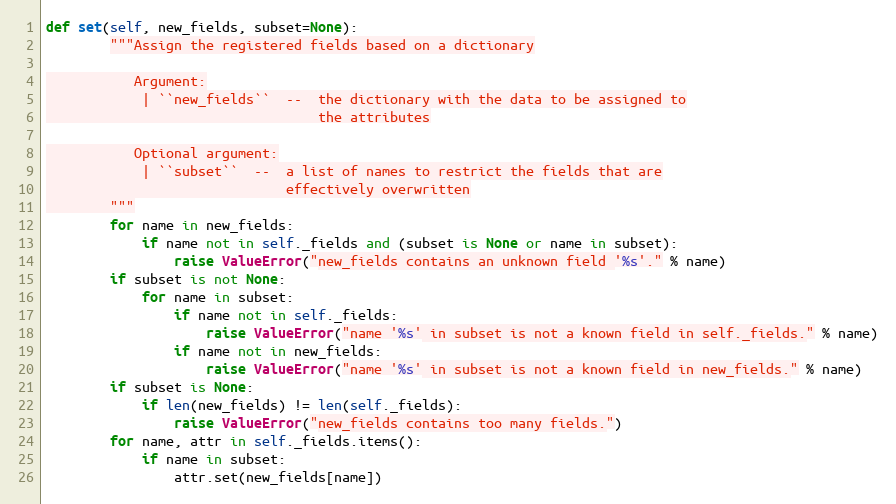
Language: Python
def set(self, new_fields, subset=None):
        """Assign the registered fields based on a dictionary

           Argument:
            | ``new_fields``  --  the dictionary with the data to be assigned to
                                  the attributes

           Optional argument:
            | ``subset``  --  a list of names to restrict the fields that are
                              effectively overwritten
        """
        for name in new_fields:
            if name not in self._fields and (subset is None or name in subset):
                raise ValueError("new_fields contains an unknown field '%s'." % name)
        if subset is not None:
            for name in subset:
                if name not in self._fields:
                    raise ValueError("name '%s' in subset is not a known field in self._fields." % name)
                if name not in new_fields:
                    raise ValueError("name '%s' in subset is not a known field in new_fields." % name)
        if subset is None:
            if len(new_fields) != len(self._fields):
                raise ValueError("new_fields contains too many fields.")
        for name, attr in self._fields.items():
            if name in subset:
                attr.set(new_fields[name])